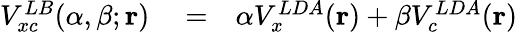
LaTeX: \begin{array}{rlr}{V_{xc}^{LB}(\alpha,\beta;{\mathbf r})}&{{}=}&{\alpha V_{x}^{LDA}({\mathbf r})+\beta V_{c}^{LDA}({\mathbf r})}\end{array}